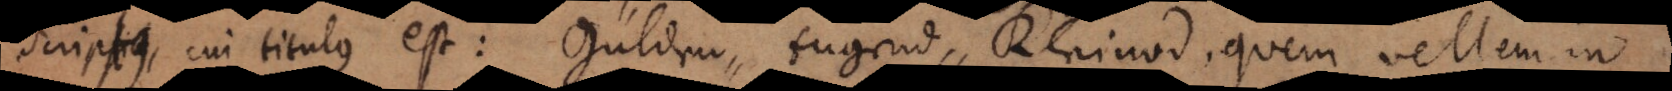
scriptus, cui titulus est: Gülden‐tugend‐Kleinod, quem vellem in